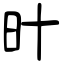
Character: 旪